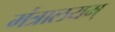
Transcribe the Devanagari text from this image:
मंत्रालयम्